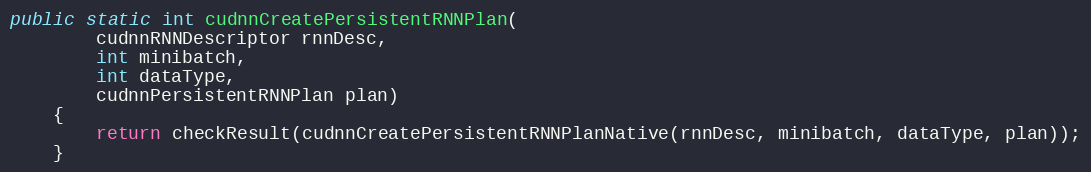
Language: Java
public static int cudnnCreatePersistentRNNPlan(
        cudnnRNNDescriptor rnnDesc,
        int minibatch,
        int dataType,
        cudnnPersistentRNNPlan plan)
    {
        return checkResult(cudnnCreatePersistentRNNPlanNative(rnnDesc, minibatch, dataType, plan));
    }